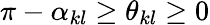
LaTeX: \pi-\alpha_{kl}\ge\theta_{kl}\ge 0